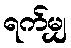
ရက်မျှ